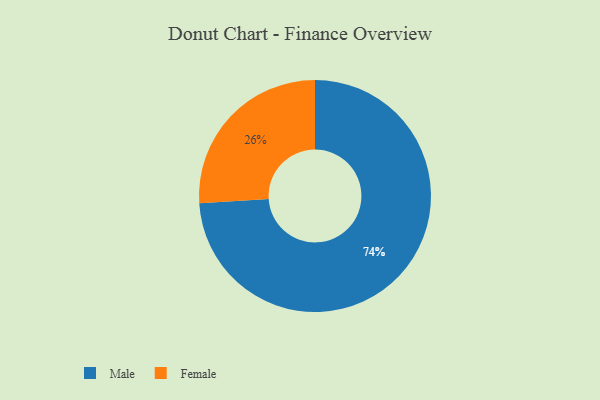
{"axis": {"x": "Category", "y": "Percentage"}, "legend": ["Female", "Male"], "data": [{"x": "Female", "y": 26, "type": "Female"}, {"x": "Male", "y": 74, "type": "Male"}]}